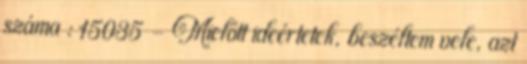
száma : 15035 - Mielőtt ideértetek, beszéltem vele, azt